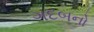
ગદબનો